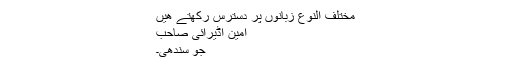
مختلف النوع زبانوں پر دسترس رکھتے ھیں
امین اڈیرائی صاحب
جو سندھی۔